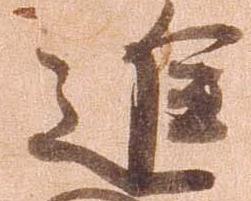
進